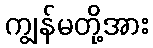
ကျွန်မတို့အား